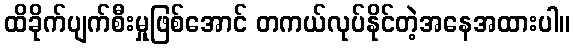
ထိခိုက်ပျက်စီးမှုဖြစ်အောင် တကယ်လုပ်နိုင်တဲ့အနေအထားပါ။